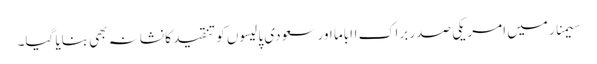
سیمنار میں امریکی صدر براک ااباما اور سعودی پالیسوں کو تنقید کا نشانہ بھی بنایا گیا۔